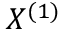
X ^ { ( 1 ) }